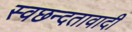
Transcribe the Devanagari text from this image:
स्वछन्दतावादी